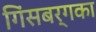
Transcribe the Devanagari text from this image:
गिंसबर्गका